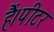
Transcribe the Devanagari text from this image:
हैं।पीटर